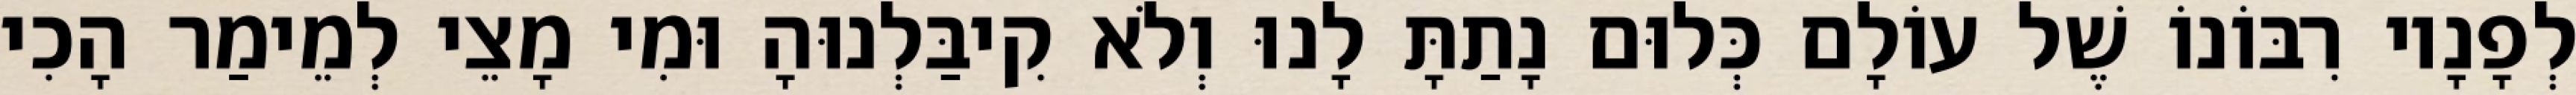
לְפָנָיו רִבּוֹנוֹ שֶׁל עוֹלָם כְּלוּם נָתַתָּ לָנוּ וְלֹא קִיבַּלְנוּהָ וּמִי מָצֵי לְמֵימַר הָכִי